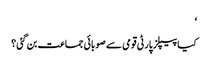
‘
کیا پیپلز پارٹی قومی سے صوبائی جماعت بن گئی ؟